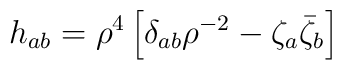
h_{ab} = \rho^{4} \left[ \delta_{ab} \rho^{-2}-\zeta_{a}\bar{\zeta}_{b} \right]